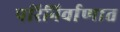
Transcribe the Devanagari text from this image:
परिनिर्वाणात